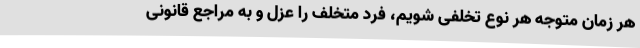
هر زمان متوجه هر نوع تخلفی شویم، فرد متخلف را عزل و به مراجع قانونی